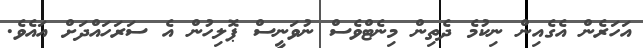
އަހަރެން އެގެއިން ނިކުމެ ދެތިން މިނެޓްވެސް ނުވަނީސް ޕޮލިހުން އެ ސަރަހައްދަށް އައެވެ.